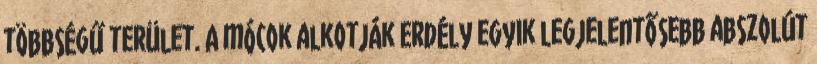
többségű terület. A mócok alkotják Erdély egyik legjelentősebb abszolút